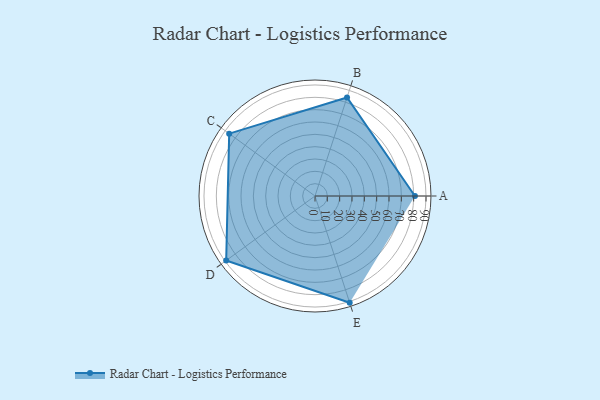
{"axis": {"x": "Skill", "y": "Score"}, "legend": ["Profile"], "data": [{"x": "A", "y": 81.0, "type": "Profile"}, {"x": "B", "y": 84.0, "type": "Profile"}, {"x": "C", "y": 86.0, "type": "Profile"}, {"x": "D", "y": 89.0, "type": "Profile"}, {"x": "E", "y": 91.0, "type": "Profile"}]}